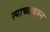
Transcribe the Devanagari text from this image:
त्याच्यावरुन